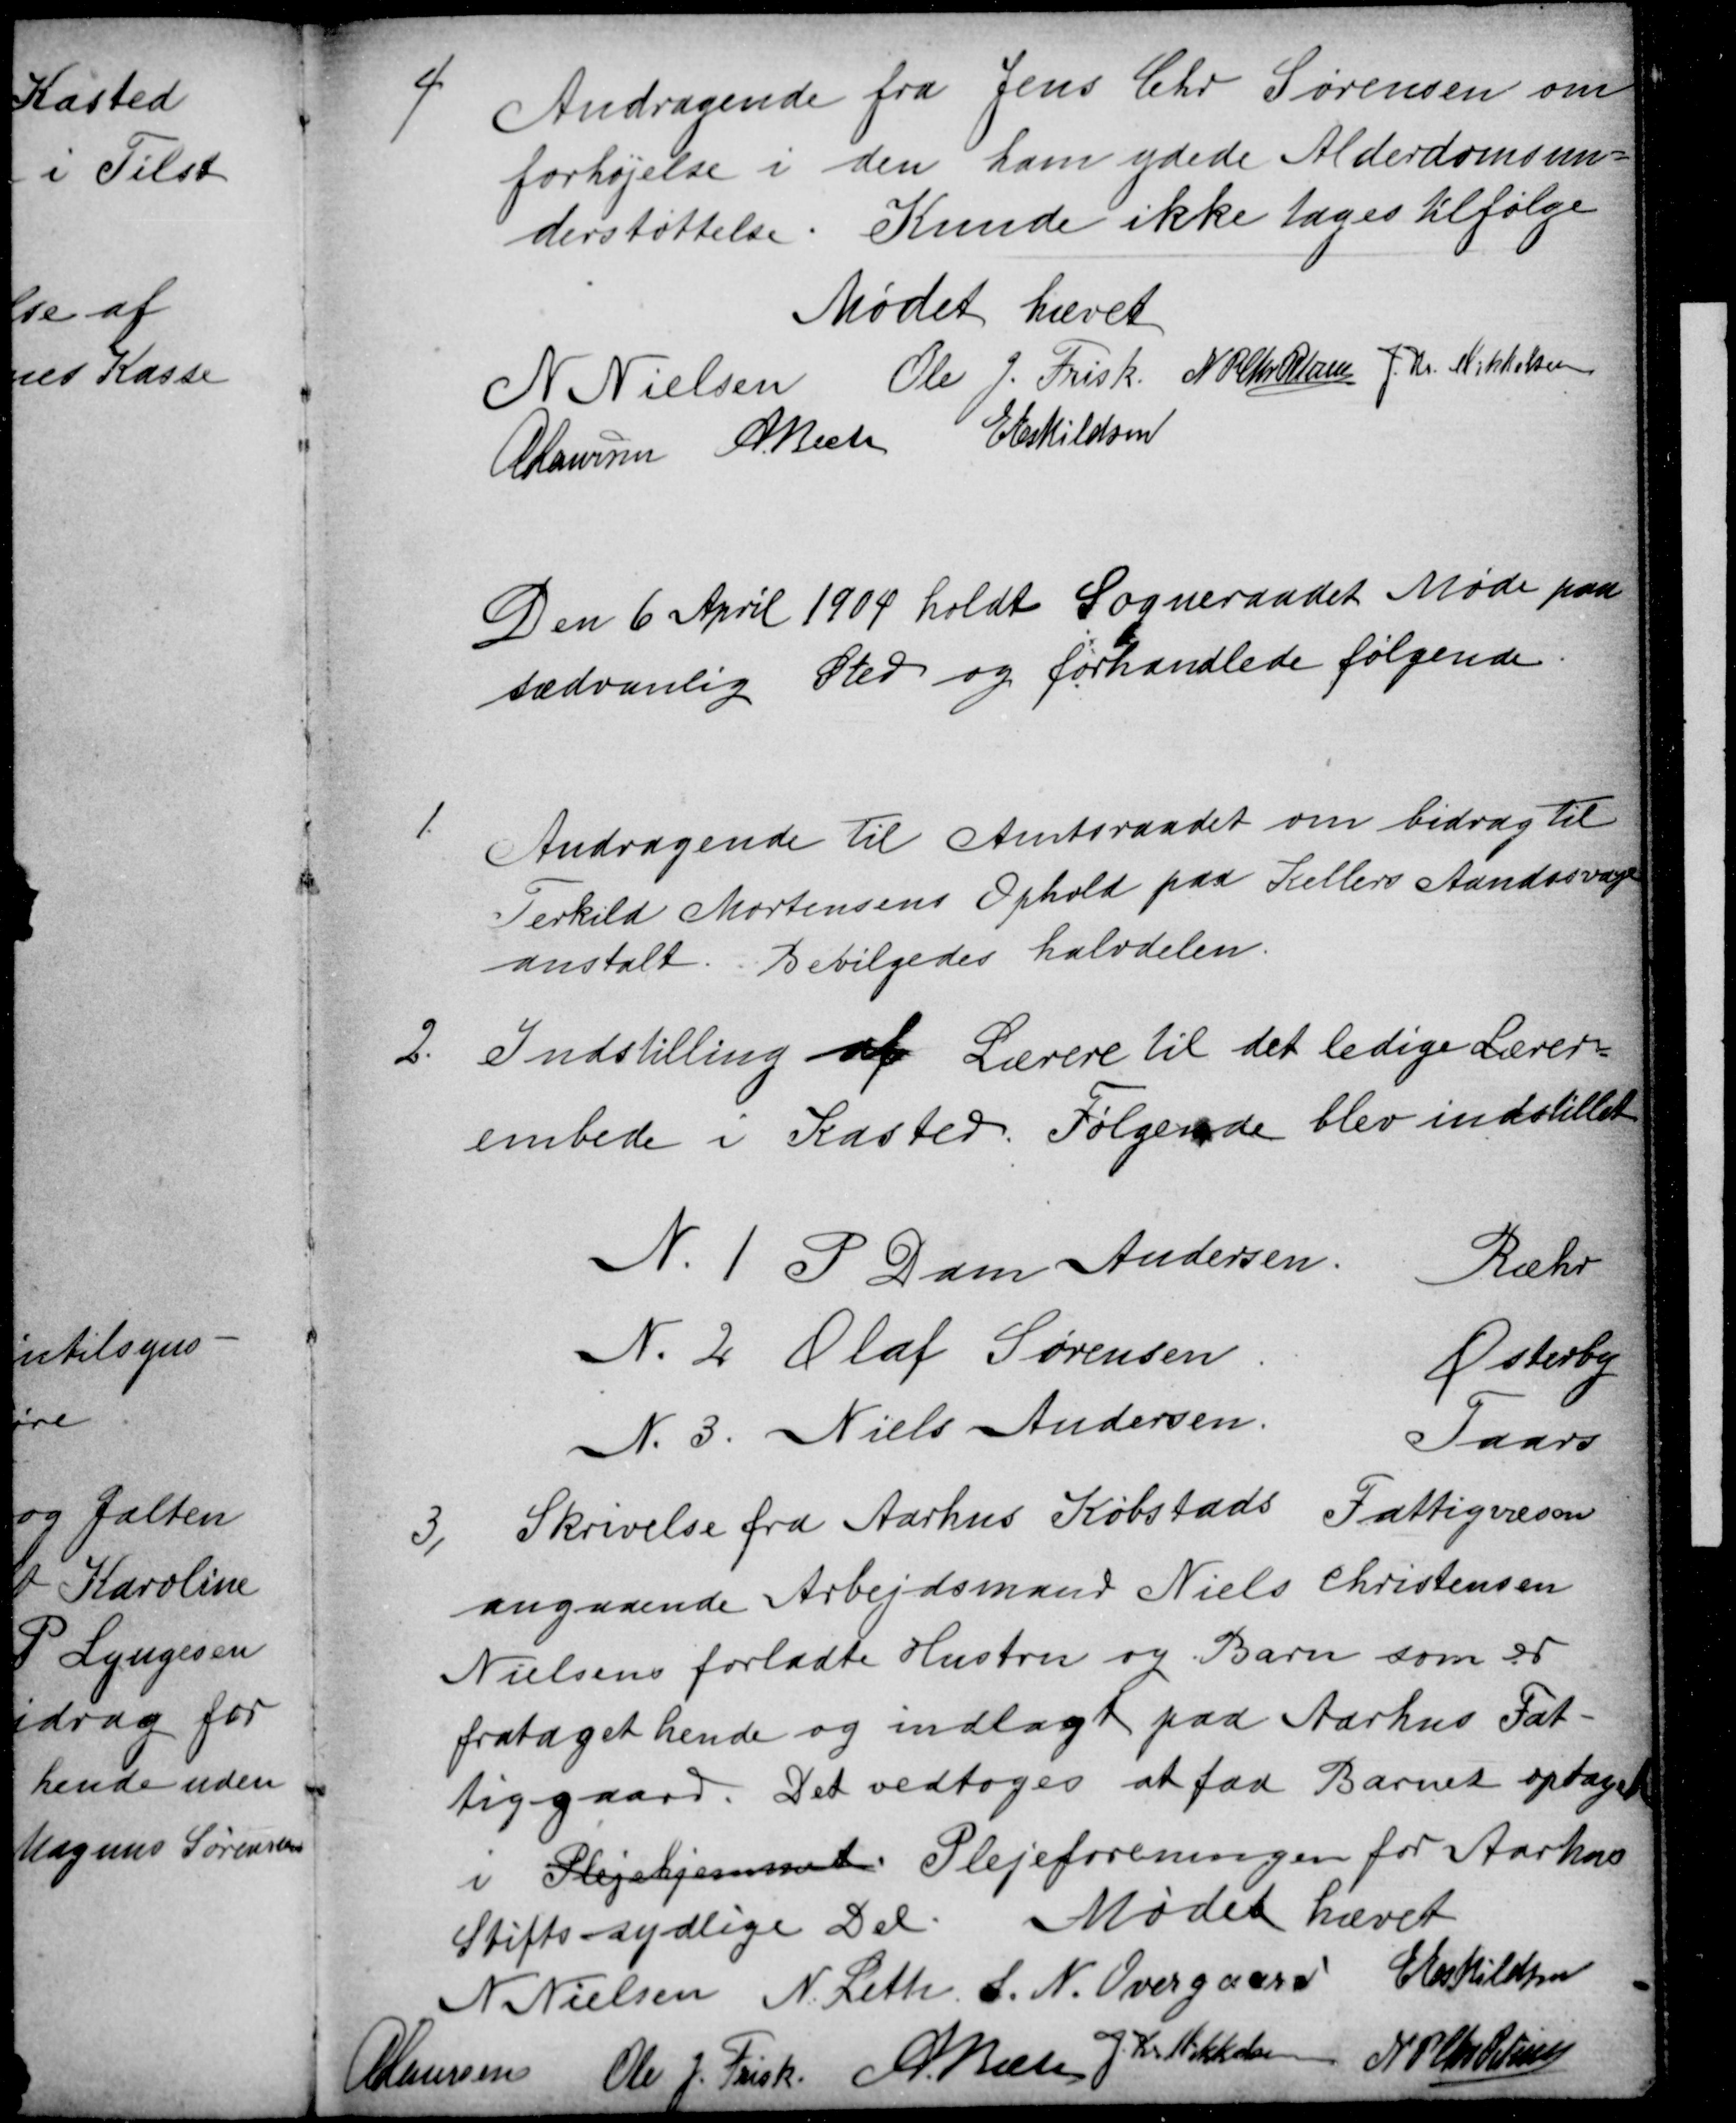
Transskription:
4
Andragende fra Jens Chr Sørensen om
forhøjelse i den ham ydede Alderdomsun-
derstøttelse. Kunde ikke tages tilfølge
Mødet hævet
N Nielsen Ole J. Frisk N P Chr Petersen J. Kr. Mikkelsen
A Laursen A Bech E Eskildsen
Den 6 April 1904 holdt Sogneraadet Møde paa
sædvanlig Sted og forhandlede følgende
1.
Andragende til Amtsraadet om bidrag til
Terkild Mortensens Ophold paa Kellers Aandssvage
anstalt. Bevilgedes halvdelen
2.
Indstilling af Lærere til det ledige Lærer-
embede i Kasted. Følgende blev indstillet
N. 1 P. Dam Andersen.
Ræhr
N. 2. Olaf Sørensen
Østerby
N. 3. Niels Andersen.
Taars
3)
Skrivelse fra Aarhus Købstads Fattigvæsen
angaaende Arbejdsmand Niels Christensen
Nielsens forladte Hustru og Barn som er
frataget hende og indlagt paa Aarhus Fat-
tiggaard. Det vedtoges at faa Barnet optaget
i Plejehjemmet Plejeforeningen for Aarhus
Stifts sydlige Del. Mødet hævet
N Nielsen N. Leth S. N. Overgaard E Eskildsen
ALaursen
Ole J. Frisk
A. Bech
J. Kr. Mikkelsen N P Chr Petersen